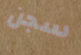
سجن